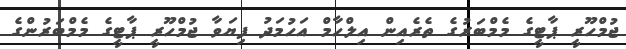
ޖުމްހޫރީ ޕާޓީގެ މެމްބަރުގެ ތެރެއިން އިލްހާމް އަހުމަދު ފިޔަވާ ޖުމްހޫރީ ޕާޓީގެ މެމްބަރުންގެ